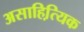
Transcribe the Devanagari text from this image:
असाहित्यि़क